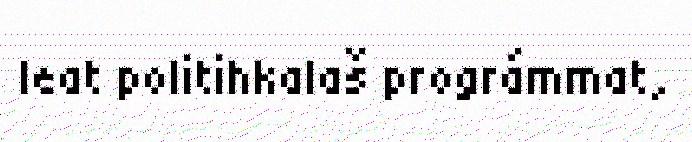
leat politihkalaš prográmmat,